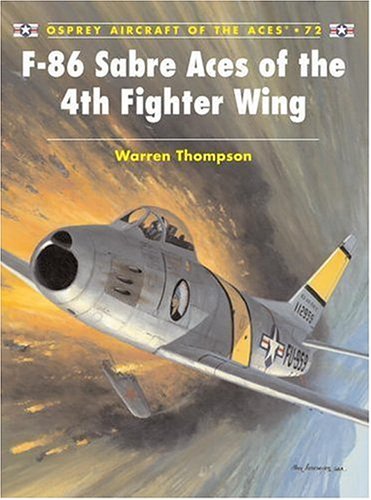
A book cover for F-86 Sabre Aces of the 4th Fighter Wing (Aircraft of the Aces); Warren Thompson; History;